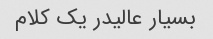
بسیار عالیدر یک کلام